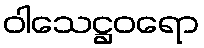
ဝါသေဋ္ဌဝရော